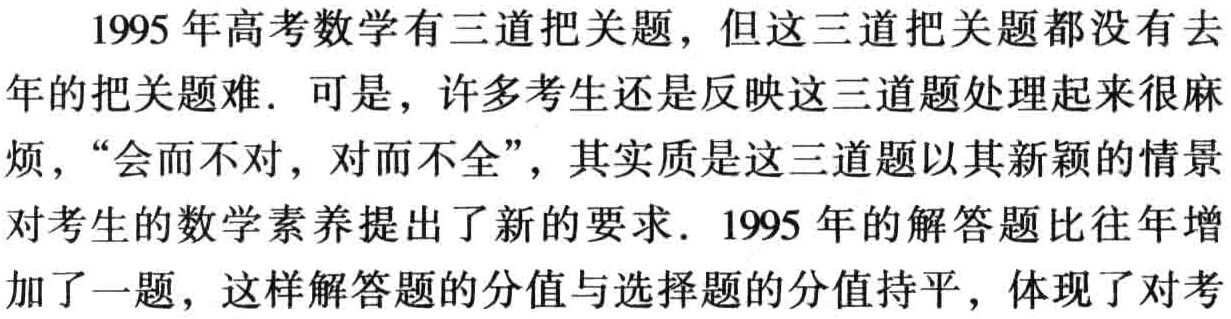
1995 年高考数学有三道把关题，但这三道把关题都没有去年的把关题难. 可是，许多考生还是反映这三道题处理起来很麻烦，“会而不对，对而不全”，其实质是这三道题以其新颖的情景对考生的数学素养提出了新的要求. 1995 年的解答题比往年增加了一题，这样解答题的分值与选择题的分值持平，体现了对考